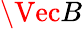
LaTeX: \Vec{B}